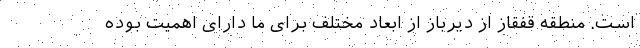
است. منطقه قفقاز از دیرباز از ابعاد مختلف برای ما دارای اهمیت بوده